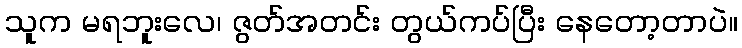
သူက မရဘူးလေ၊ ဇွတ်အတင်း တွယ်ကပ်ပြီး နေတော့တာပဲ။